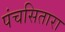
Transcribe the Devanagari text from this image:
पंचसितारा